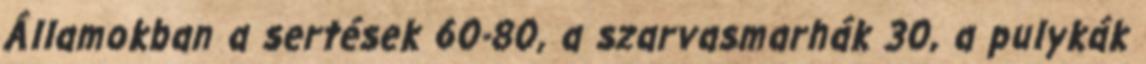
Államokban a sertések 60-80, a szarvasmarhák 30, a pulykák